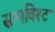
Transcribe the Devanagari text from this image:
समाविश्ट